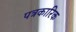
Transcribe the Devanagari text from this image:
पत्रकारिक